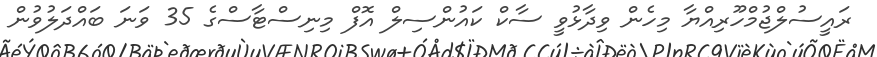
ރައީސުލްޖުމްހޫރިއްޔާ މިހެން ވިދާޅުވީ ސާކް ކައުންސިލް އޮފް މިނިސްޓާސްގެ 35 ވަނަ ބައްދަލުވުން